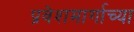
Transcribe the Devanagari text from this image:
प्रवेशमार्गाच्या